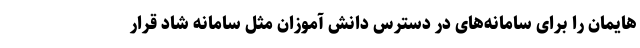
هایمان را برای سامانه‌های در دسترس دانش آموزان مثل سامانه شاد قرار